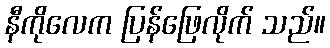
နီကိုလေက ပြန်ဖြေလိုက် သည်။